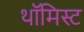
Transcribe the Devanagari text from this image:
थॉमिस्ट